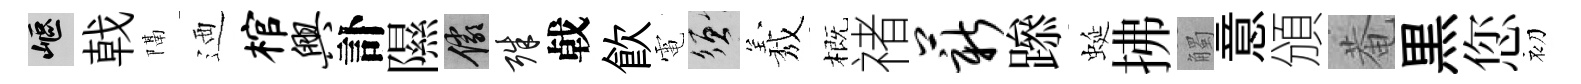
嶇戟隔迺棺兴訃隰儼殊㦸飮電須𦏁概禇薪𨅶蜒拂觸意頒菴黒您初